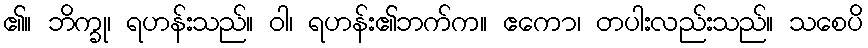
၏။ ဘိက္ခု၊ ရဟန်းသည်။ ဝါ၊ ရဟန်း၏ဘက်က။ ဧကော၊ တပါးလည်းသည်။ သစေပိ